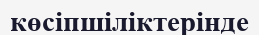
көсіпшіліктерінде